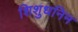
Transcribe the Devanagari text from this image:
शिशुधनिन